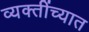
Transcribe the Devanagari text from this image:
व्यक्तींच्यात